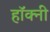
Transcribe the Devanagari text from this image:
हॉक्नी